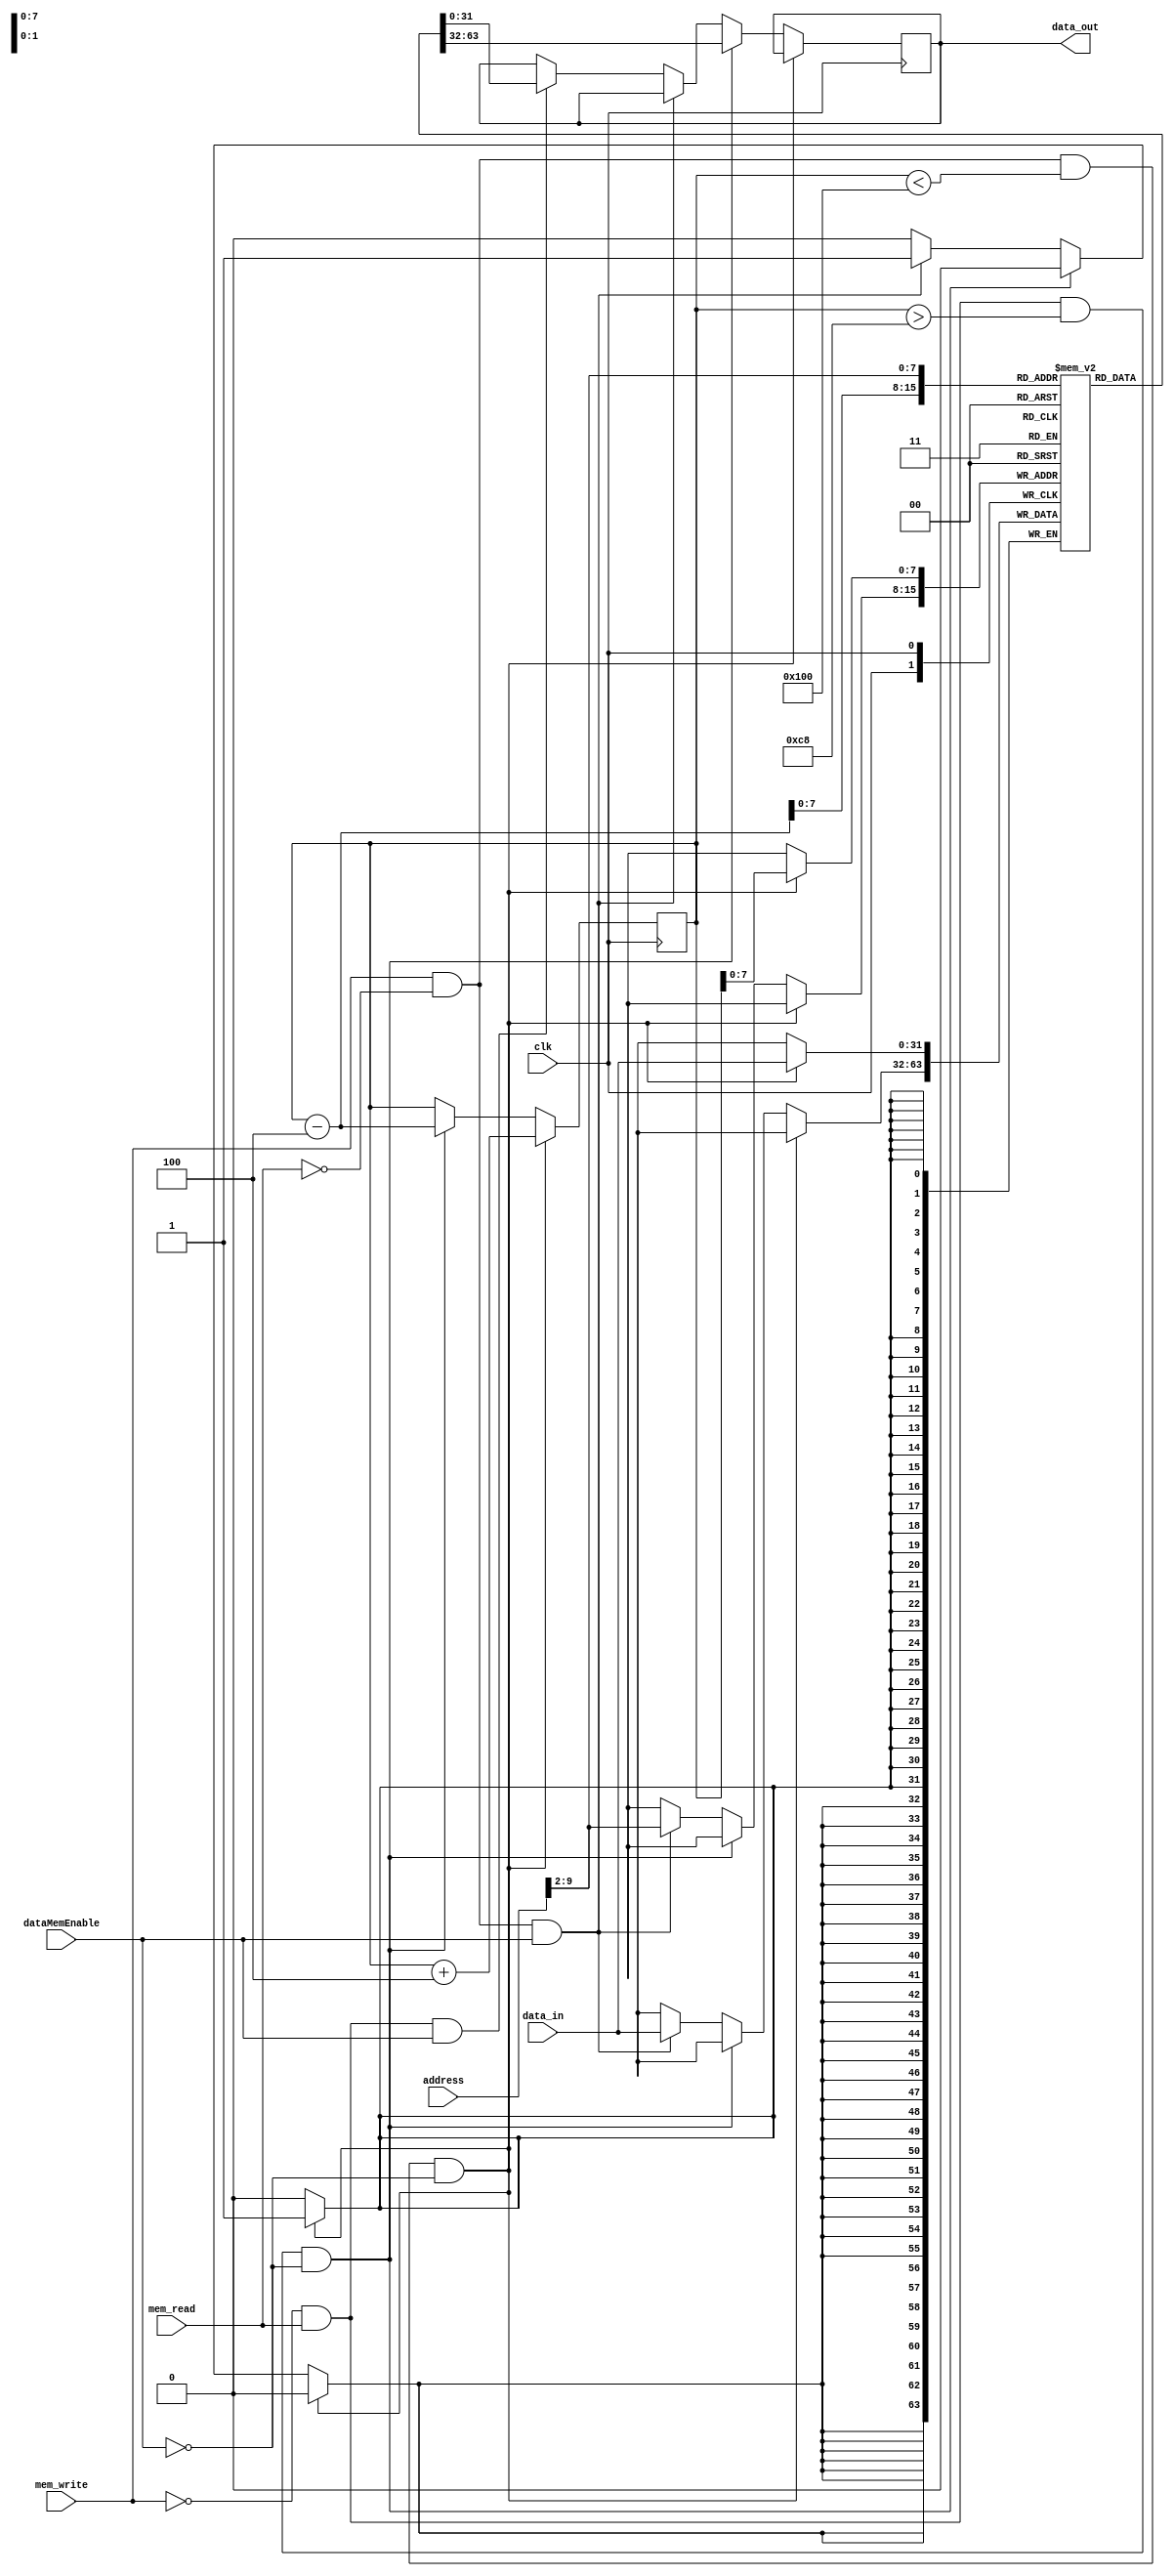
module data_memory_with_stack (
    input wire clk,
    input wire mem_write,
    input wire mem_read,
    input wire dataMemEnable,       // Push to stack
    input wire [31:0] address,      // Address for memory operations
    input wire [31:0] data_in,      // Data to write to memory or push to stack
    output reg [31:0] data_out      // Data read from memory or stack
);

    parameter DATA_MEM_SIZE = 256;
    parameter STACK_START = 200;     // Define start address of stack in memory
    parameter STACK_SIZE = 56;       // Define size of the stack

    reg [31:0] memory [0:DATA_MEM_SIZE-1];
    reg [31:0] sp = STACK_START; 
	
	
	initial	begin
    // save 0x0002 at address = 0
      memory[0] = 'h02;
	
	// save 0x0001 at address = 4
      memory[4] = 'h01; 
	
	// save 0x0000 at address = 8
      memory[8] = 'h00; 
	end


    always @(posedge clk) begin
        // Handle data memory operations 
        if (mem_write == 1 && mem_read == 0 && sp < STACK_START + STACK_SIZE && dataMemEnable == 0) begin
            // Push case: The stack has available location (not full), and we want to push into the stack
            memory[sp] <= data_in;
            sp = sp + 4;
        end

        else if (mem_write == 0 && mem_read == 1 && sp > STACK_START && dataMemEnable == 0) begin
            // Pop case: The stack is not empty, and we want to pop from the stack
            sp = sp - 4;
            data_out <= memory[sp];
        end

        else if (mem_write == 1 && mem_read == 0 && dataMemEnable == 1) begin
            // Store into the static memory
            memory[address[31:2]] <= data_in;    // Shift left by 2 (division by 4) for word-addressable memory
        end

        else if (mem_write == 0 && mem_read == 1 && dataMemEnable == 1) begin
            // Load from the static memory
            data_out <= memory[address[31:2]];   // Shift left by 2 (division by 4) for word-addressable memory
        end
    end

endmodule